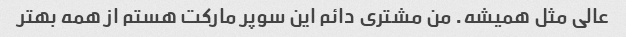
عالی مثل همیشه. من مشتری دائم این سوپر مارکت هستم از همه بهتر